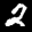
Label: 2